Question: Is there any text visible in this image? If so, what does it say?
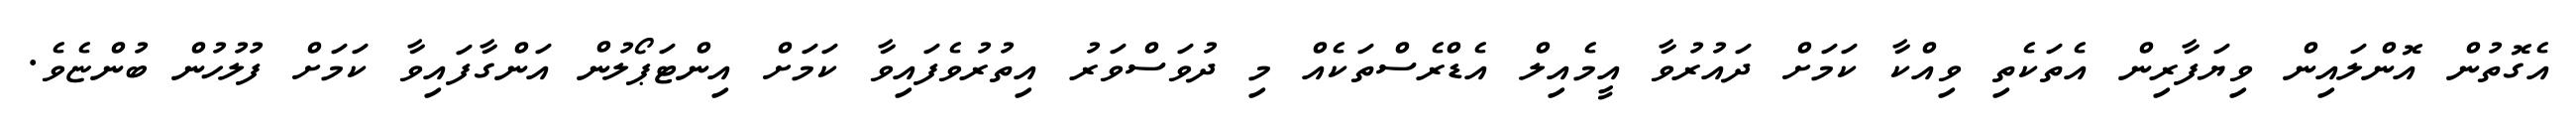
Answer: އެގޮތުން އޮންލައިން ވިޔަފާރިން އެތަކެތި ވިއްކާ ކަމަށް ދައުރުވާ އީމެއިލް އެޑްރެސްތަކެއް މި ދުވަސްވަރު އިތުރުވެފައިވާ ކަމަށް އިންޓަޕޯލުން އަންގާފައިވާ ކަމަށް ފުލުހުން ބުންޏެވެ.